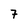
Character: 7